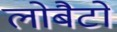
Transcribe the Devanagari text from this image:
लोबैटो